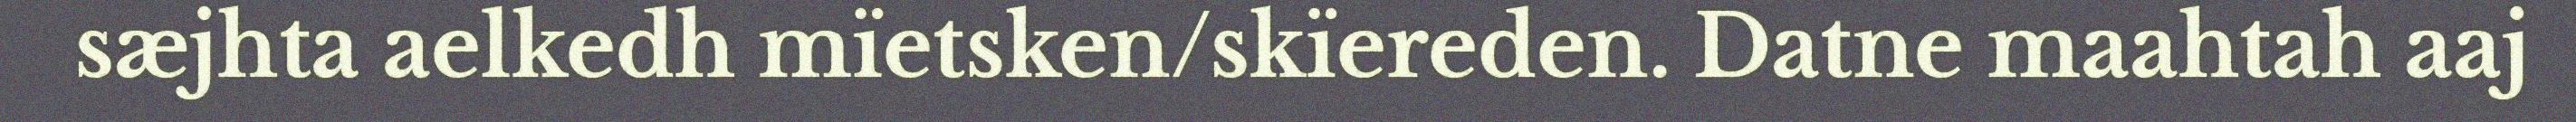
sæjhta aelkedh mïetsken/skïereden. Datne maahtah aaj